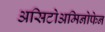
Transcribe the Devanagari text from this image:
असिटोअमिनोफेन